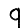
Digit: 9